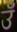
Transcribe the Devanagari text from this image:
उँ